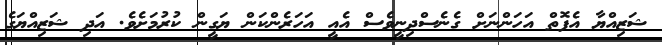
ޝަޒިއްޔާ އެފޮތް އަހަންނަށް ގެނެސްދިނީވެސް އެއީ އަހަރެންކަން ޔަގީން ކުރުމަށެވެ. އަދި ޝަޒިއްޔަގެ